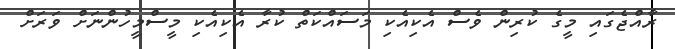
ރާއްޖެގައި މީގެ ކުރިން ވެސް އެކިއެކި މަސައްކަތް ކުރާ އެކިއެކި މީސްމީހުންނަށް ވަރަށް